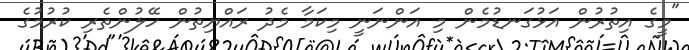
"މީގެ އިތުރުން އަޅުގަނޑުމެން މި އަންނަނީ މިކަމާ މެދު ރައްޔިތުން ހޭލުންތެރި ކުރުމުގެ